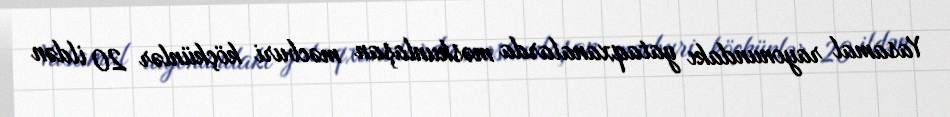
Yasamal rayonundakı yataqxanalarda məskunlaşan məcburi köçkünlər 20 ildən